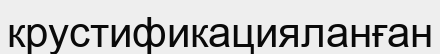
крустификацияланған